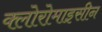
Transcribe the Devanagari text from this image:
क्लोरोमाइसीन